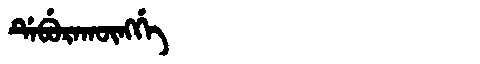
Manchu: ᡩᡝᠪᡠᡵᠠᡴᡡᠩᡤᡝ
Romanization: DEBURAKŪNGGE